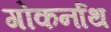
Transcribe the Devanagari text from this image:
गोकर्नाथ